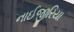
નાઈજીરિયા